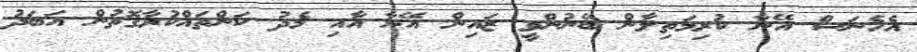
އެހެނަސް އޭނާ ކުރިމަތިލާން ބޭނުންވީ ޒައިން އޭނާ އާއި މެދު ކަންތައްކުރާގޮތުން އަބަދު